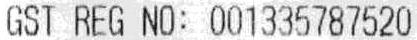
GST REG NO: 001335787520